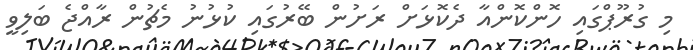
މި ގުރޫޕްގައި ހޮންކޮންއާ ދެކޮޅަށް ރަށުން ބޭރުގައި ކުޅުނު މެޗުން ރާއްޖެ ބަލިވީ